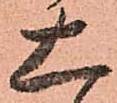
大